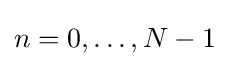
n=0,\ldots ,N-1